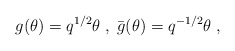
\begin{align*}g(\theta )=q^{1/2}\theta \;,\;\bar{g}(\theta )=q^{-1/2}\theta \;,\end{align*}